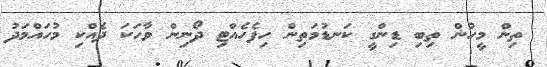
ތިން މީހުން ތިބި ޑިންގީ ކަނޑުމަތިން ހިފެހެއްޓި ދޯނިން ވާހަކަ ދެއްކި މުހައްމަދު